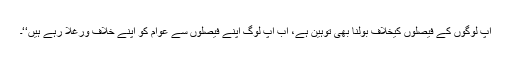
آپ لوگوں کے فیصلوں کیخلاف بولنا بھی توہین ہے، اب آپ لوگ اپنے فیصلوں سے عوام کو اپنے خلاف ورغلا رہے ہیں‘‘۔